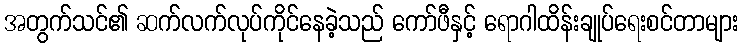
အတွက်သင်၏ ဆက်လက်လုပ်ကိုင်နေခဲ့သည် ကော်ဖီနှင့် ရောဂါထိန်းချုပ်ရေးစင်တာများ